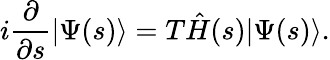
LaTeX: i\frac{\partial}{\partial s}|\Psi(s)\rangle=T\hat{H}(s)|\Psi(s)\rangle.